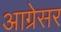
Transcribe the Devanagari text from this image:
आग्रेसर